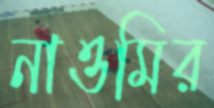
নাওমির